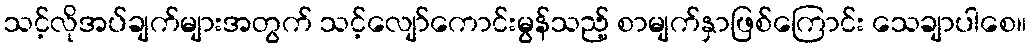
သင့်လိုအပ်ချက်များအတွက် သင့်လျော်ကောင်းမွန်သည့် စာမျက်နှာဖြစ်ကြောင်း သေချာပါစေ။